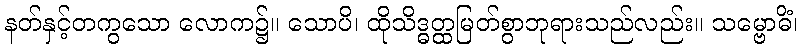
နတ်နှင့်တကွသော လောက၌။ သောပိ၊ ထိုသိဒ္ဓတ္ထမြတ်စွာဘုရားသည်လည်း။ သမ္ဗောဓိံ၊